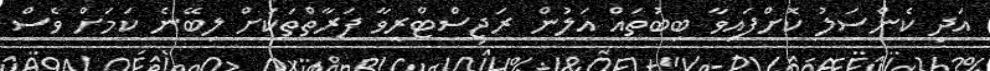
އަދި ކެންސަލު ކޮށްފައިވާ ބިބުތައް އަލުން ރަޖިސްޓްރީވާ ފަރާތްތަކަށް ލިބޭނެ ކަމަށް ވެސް